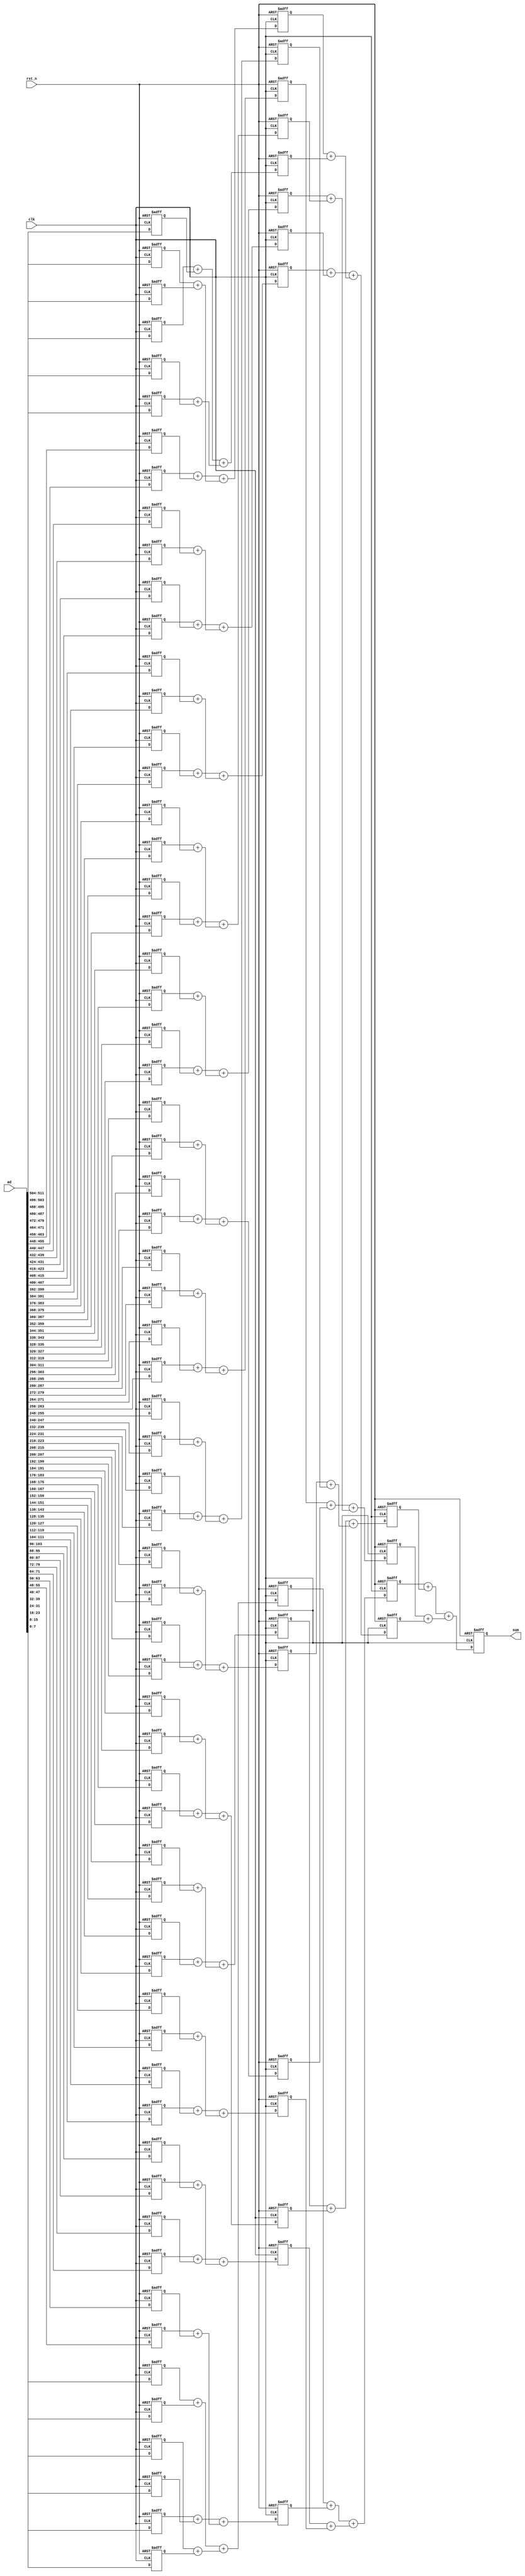
`default_nettype none
module sum (
  input  wire             rst_n,
  input  wire             clk,
  input  wire [8*8*8-1:0] ad, // 8*8*8
  output reg  [13:0]      sum
);

genvar i,j,k;

reg [7:0] preg1 [0:63];
generate
for (i = 0; i < 64; i = i + 1) begin : PIPELINE1
  always @(posedge clk or negedge rst_n) begin
    if(~rst_n)
      preg1[i] <= 0;
    else
      preg1[i] <= ad[i*8+:8];
  end
end
endgenerate

reg [9:0] preg2 [0:15];
generate
for (j = 0; j < 16; j = j + 1) begin : PIPELINE2
  always @(posedge clk or negedge rst_n) begin
    if(~rst_n)
      preg2[j] <= 0;
    else
      preg2[j] <= #1 (preg1[j*4]+preg1[j*4+1])+(preg1[j*4+2]+preg1[j*4+3]);
  end
end
endgenerate

reg [11:0] preg3 [0:3];
generate
for (k = 0; k < 4; k = k + 1) begin : PIPELINE3
  always @(posedge clk or negedge rst_n) begin
    if(~rst_n)
      preg3[k] <= 0;
    else
      preg3[k] <= #1 (preg2[k*4]+preg2[k*4+1])+(preg2[k*4+2]+preg2[k*4+3]);
  end
end
endgenerate

always @(posedge clk or negedge rst_n) begin
  if(~rst_n)
    sum <= 0;
  else
    sum <= #1 (preg3[0]+preg3[1])+(preg3[2]+preg3[3]);
end

endmodule
`default_nettype wire